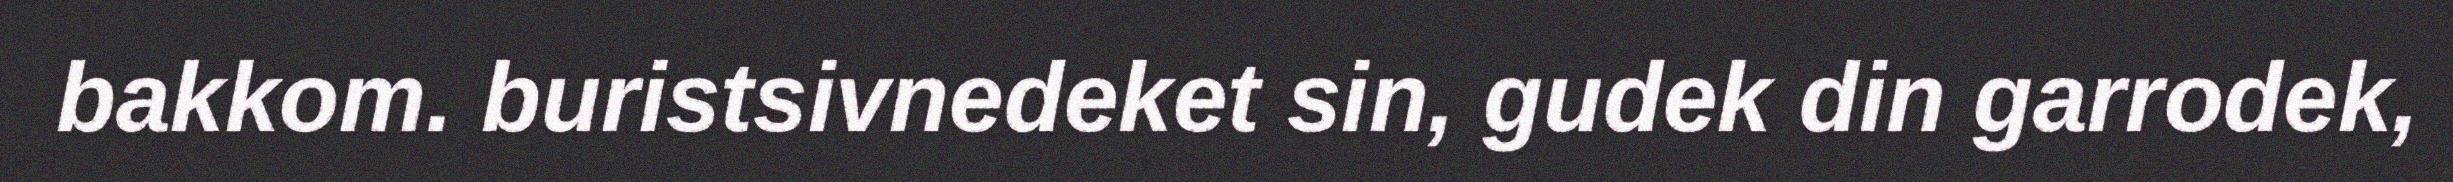
bakkom. buristsivnedeket sin, gudek din garrodek,